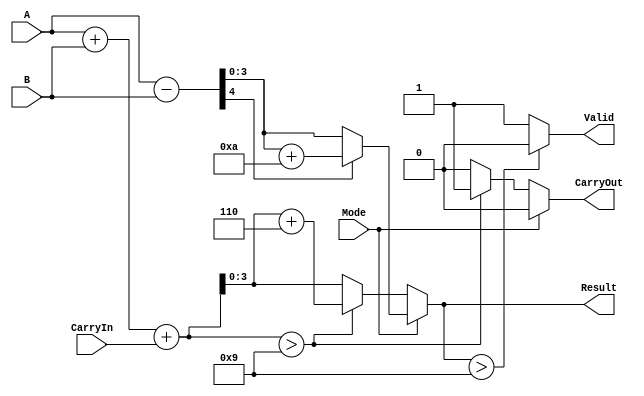
module BCD_Add_Subtracter (
    input  wire [3:0] A,        // BCD input operand A
    input  wire [3:0] B,        // BCD input operand B
    input  wire Mode,           // Mode: 0 for addition, 1 for subtraction
    input  wire CarryIn,        // Carry input for addition
    output reg  [3:0] Result,   // BCD result
    output reg  CarryOut,       // Carry output flag
    output reg  Valid           // Valid flag for BCD result
);

    reg [4:0] Sum;              // Intermediate sum for addition
    reg [4:0] Diff;             // Intermediate difference for subtraction

    always @(*) begin
        // Default values
        Result = 4'b0000;
        CarryOut = 1'b0;
        Valid = 1'b1;

        if (Mode == 1'b0) begin // Addition
            Sum = A + B + CarryIn;

            // Check for BCD correction
            if (Sum > 4'b1001) begin
                Sum = Sum + 5'b0110; // Add 6 to correct BCD
                CarryOut = 1'b1;     // Set carry out
            end

            Result = Sum[3:0]; // Take the lower 4 bits as result

        end else begin // Subtraction
            Diff = A - B;

            // Check for borrow
            if (Diff[4] == 1'b1) begin // If the result is negative
                Diff = Diff + 5'b1010; // Add 10 to correct BCD
            end

            Result = Diff[3:0]; // Take the lower 4 bits as result
        end

        // Check if the result is a valid BCD digit
        if (Result > 4'b1001) begin
            Valid = 1'b0; // Not a valid BCD
        end
    end

endmodule